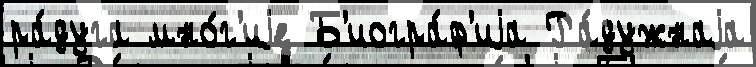
ра́дуга мно́г'иjе Б'иогра́ф'иjа Ра́дужнаjа